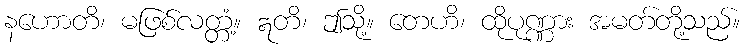
နဟောတိ၊ မဖြစ်လတ္တံ့။ ဣတိ၊ ဤသို့။ တေဟိ၊ ထိုပုဏ္ဏား အမတ်တို့သည်။